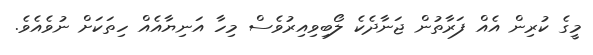
މީގެ ކުރިން އެއް ފަރާތުން ޖަނާދެކެ ލޯބިވިއިރުވެސް މިހާ އަނިޔާއެއް ހިތަކަށް ނުވެއެވެ.